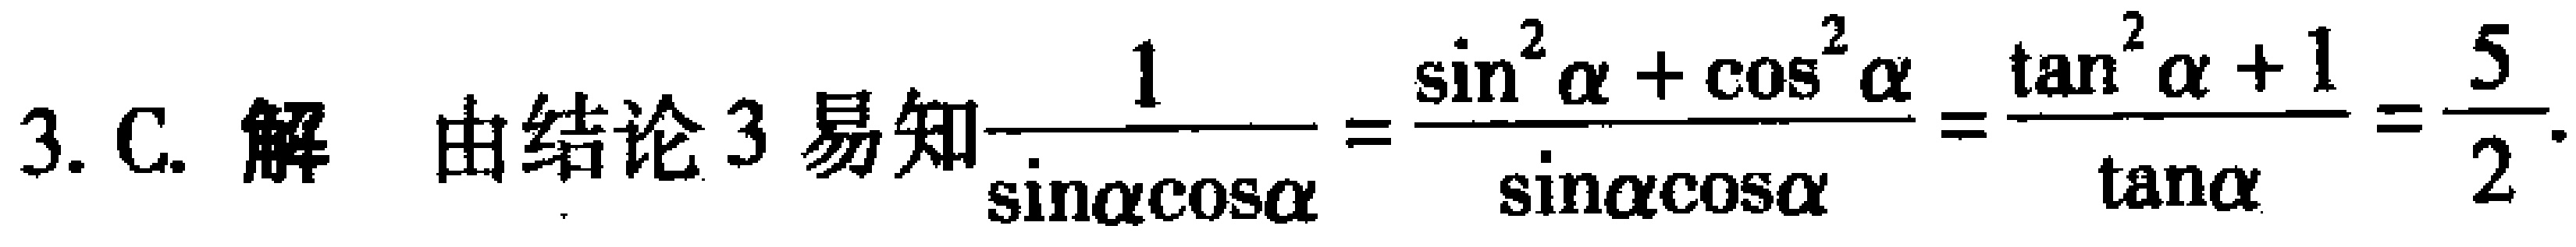
3. C. 解 由结论 3 易知$\frac{1}{\sin\alpha\cos\alpha}=\frac{\sin^{2}\alpha+\cos^{2}\alpha}{\sin\alpha\cos\alpha}=\frac{\tan^{2}\alpha + 1}{\tan\alpha}=\frac{5}{2}$.